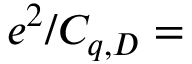
e ^ { 2 } / C _ { q , D } =